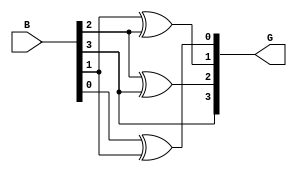
module gray_code_encoder #(parameter N = 4) (
    input  wire [N-1:0] B,   // n-bit binary input
    output wire [N-1:0] G    // n-bit Gray code output
);

// Assign the MSB of Gray code directly from the MSB of the binary input
assign G[N-1] = B[N-1];

// Generate the subsequent bits of Gray code using XOR of binary input bits
genvar i;
generate
    for (i = N-2; i >= 0; i = i - 1) begin : gray_logic
        assign G[i] = B[i] ^ B[i+1]; // G[i] = B[i] XOR B[i+1]
    end
endgenerate

endmodule